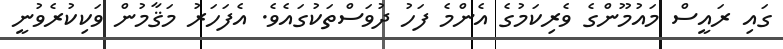
ގައި ރައީސް މައުމޫންގެ ވެރިކަމުގެ އެންމެ ފަހު ދުވަސްތަކުގައެވެ. އެފަހަރު މަޤާމުން ވަކިކުރެވުނީ